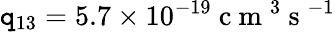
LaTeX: \mathtt{q}_{13}=5.7\times10^{-19}\mathrm{{~c~m~}}^{3}\mathrm{{~s~}}^{-1}